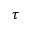
\tau